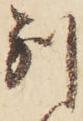
別